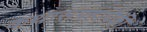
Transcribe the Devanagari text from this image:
कथासंग्रहांपैकी